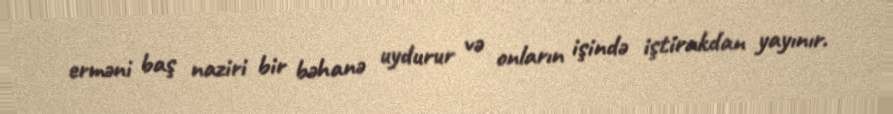
erməni baş naziri bir bəhanə uydurur və onların işində iştirakdan yayınır.